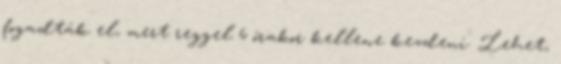
fogadták el, mert reggel 6 órakor kellene kezdeni. Lehet,